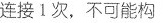
连接1次，不可能构